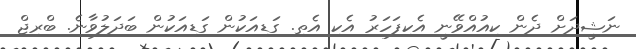
ނަޝީދަށް ދެން ކިއުއްވޭނީ އެކިފަހަރު އެކި އެތި. ގަޑިއަކުން ގަޑިއަކުން ބަދަލުވާނެ. ބްރިޖް